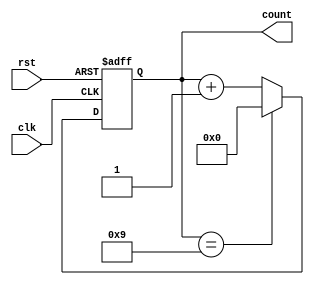
module BCD_Counter(
    input clk,
    input rst,
    output reg [3:0] count
);

always @(posedge clk or posedge rst) begin
    if (rst) begin
        count <= 4'b0000;
    end else begin
        if (count == 4'b1001) begin
            count <= 4'b0000;
        end else begin
            count <= count + 4'b0001;
        end
    end
end

endmodule